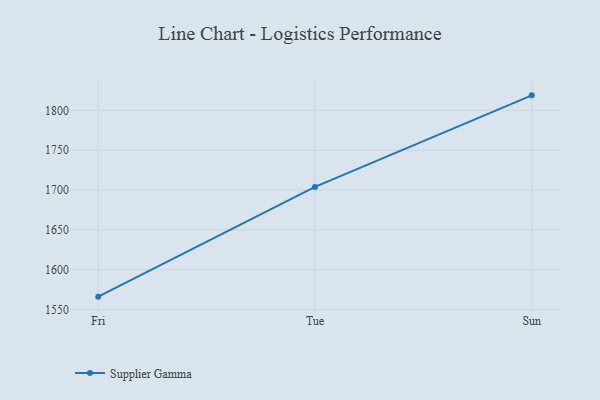
{"axis": {"x": "Day", "y": "Budget (USD K)"}, "legend": ["Supplier Gamma"], "data": [{"x": "Fri", "y": 1566.1, "type": "Supplier Gamma"}, {"x": "Tue", "y": 1703.9, "type": "Supplier Gamma"}, {"x": "Sun", "y": 1818.9, "type": "Supplier Gamma"}]}